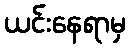
ယင်းနေရာမှ